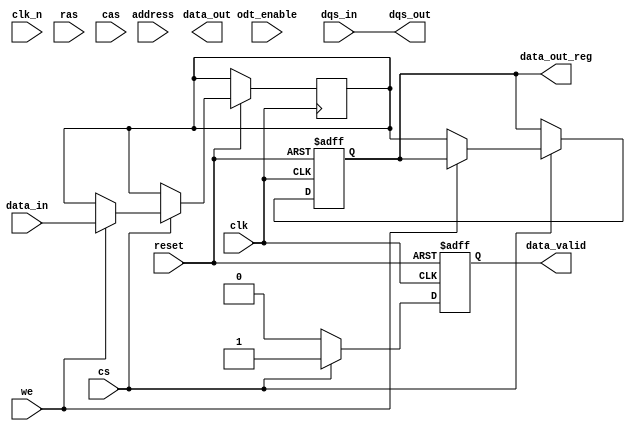
module gddr5_io_block (
    // I/O Ports
    input wire [63:0] data_in,       // Bidirectional data input
    output wire [63:0] data_out,     // Bidirectional data output
    input wire clk,                   // Differential Clock (CK)
    input wire clk_n,                 // Differential Clock (CK#)
    input wire dqs_in,                // Differential Data Strobe (DQS)
    output wire dqs_out,              // Differential Data Strobe (DQS#)
    input wire cs,                    // Chip Select
    input wire ras,                   // Row Address Strobe
    input wire cas,                   // Column Address Strobe
    input wire we,                    // Write Enable
    input wire [15:0] address,        // Address lines
    output wire data_valid,           // Data Valid Signal
    input wire reset,                 // Reset Signal
    input wire odt_enable,            // On-Die Termination Enable
    output reg [63:0] data_out_reg    // Registered output data
);

// Parameter definitions
parameter DATA_WIDTH = 64;          // Data Width
parameter ADDR_WIDTH = 16;          // Address Width

// Internal signals
reg [63:0] data_buffer;              // Buffer for data
reg data_valid_reg;                  // Registered Data Valid
reg [3:0] power_state;               // Power state register

// Power management states
localparam ACTIVE = 4'b0001;
localparam IDLE   = 4'b0010;
localparam SLEEP  = 4'b0100;

// DQS Control
assign dqs_out = dqs_in;            // Connect DQS input to output

// Data Valid Signal
assign data_valid = data_valid_reg;

// Reset and Power Management Logic
always @(posedge clk or negedge reset) begin
    if (!reset) begin
        data_out_reg <= 0;
        data_valid_reg <= 0;
        power_state <= IDLE;
    end else begin
        if (cs) begin
            // Active state
            power_state <= ACTIVE;
            if (we) begin
                // Write operation
                data_buffer <= data_in;
                data_valid_reg <= 1;
            end else if (!we) begin
                // Read operation
                data_out_reg <= data_buffer;
                data_valid_reg <= 1;
            end
        end else begin
            // Chip select low, go to sleep
            power_state <= SLEEP;
            data_valid_reg <= 0;
        end
    end
end

// On-Die Termination Logic
always @(posedge clk) begin
    if (odt_enable) begin
        // Apply ODT logic if enabled
        // (Signal integrity improvements can be implemented here)
    end
end

endmodule